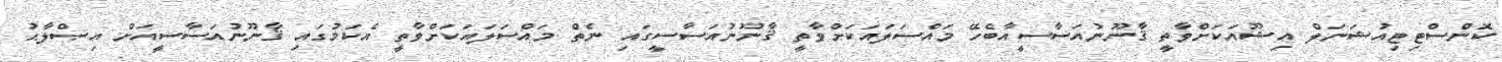
ކޮންސްޓިޓިއުޝަނަލް އިޝޫއަކަށްވާތީ ޤާނޫނުއަސާސީއާބެހޭ މައްސަލައަކަށްވާތީ ޤާނޫނުއަސާސީގައި ނެތް މައްސަލައަކަށްވާތީ އެކަމުގައި ޤާނޫނުއަސާސީއަށް އިޞްލާޙު